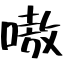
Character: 嗷